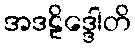
အဒဠိဒ္ဒေါတိ